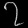
Digit: ၇